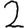
Digit: 2